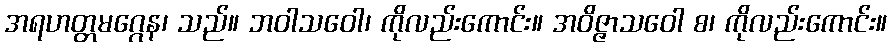
အရဟတ္တမဂ္ဂေန၊ သည်။ ဘဝါသဝေါ၊ ကိုလည်းကောင်း။ အဝိဇ္ဇာသဝေါ စ၊ ကိုလည်းကောင်း။